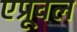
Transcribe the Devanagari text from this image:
एप्रूवल